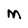
Character: M